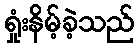
ရှုံးနိမ့်ခဲ့သည်